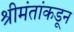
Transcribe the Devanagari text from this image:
श्रीमंतांकडून